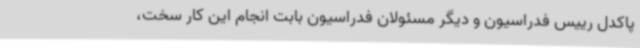
پاکدل رییس فدراسیون و دیگر مسئولان فدراسیون بابت انجام این کار سخت،